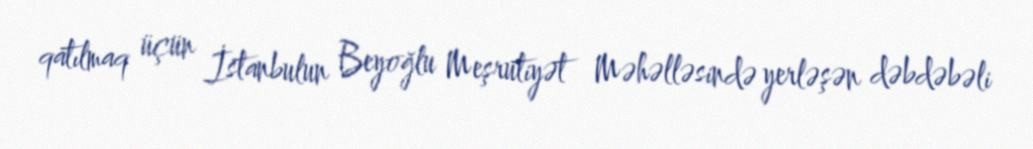
qatılmaq üçün İstanbulun Beyoğlu Meşrutiyət Məhəlləsində yerləşən dəbdəbəli